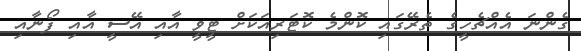
ގެންނަ އެއްޗެހީގެ ތެރޭގައި ކޮންމެ ކޮޓަރިއަކަށް ޓީވީ އާއި އޭސީ އާއި ފޯނާއި